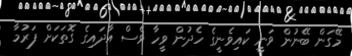
މޭގަން ބޭނުން ވަނީ ކައިވެނީގެ ހެދުން ވީހާ ވެސް އާދައިގެ ގޮތަކަށް ފަރުމާ